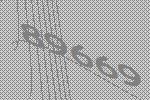
89669